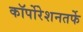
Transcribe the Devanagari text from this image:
कॉर्पोरेशनतर्फे